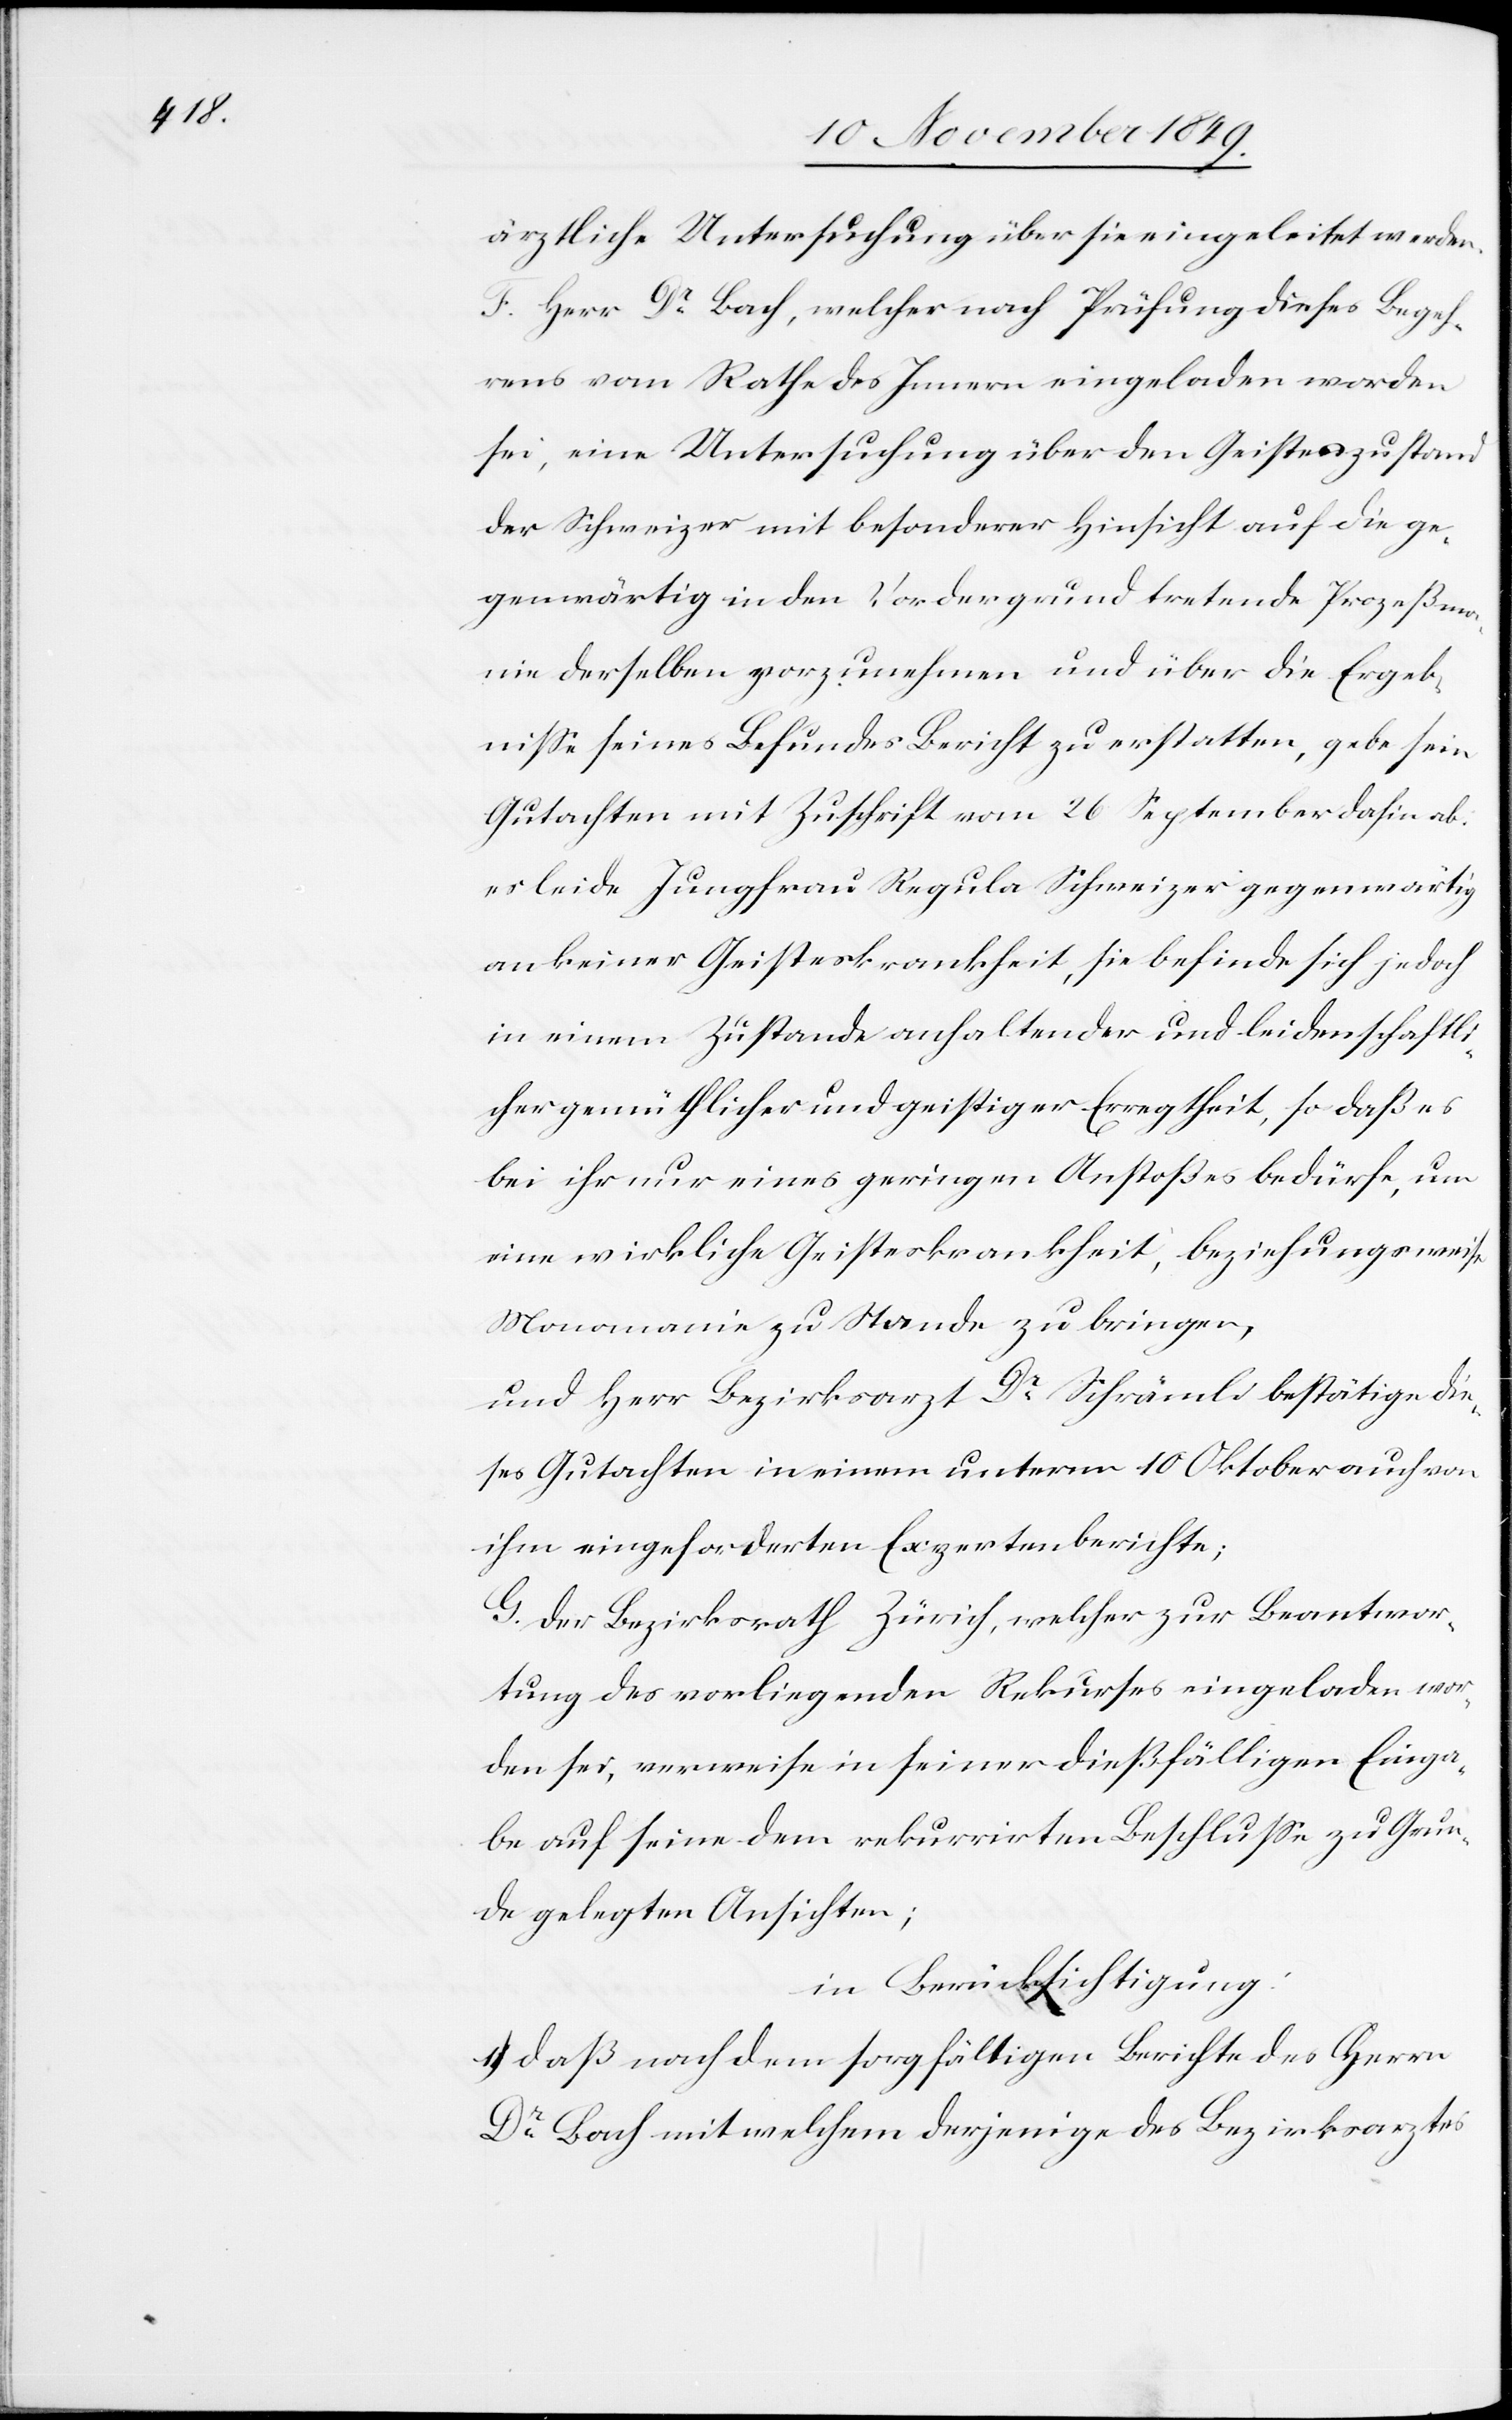
ärztliche Untersuchung über sie eingeleitet werden.
F. Herr Dr Bach, welcher nach Prüfung dieses Begeh¬
rens vom Rathe des Innern eingeladen worden
sei, eine Untersuchung über den Geisteszustand
der Schweizer mit besonderer Hinsicht auf die ge¬
genwärtig in den Vordergrund tretende Prozeßma¬
nie derselben vorzunehmen und über die Ergeb¬
niße seines Befundes Bericht zu erstatten, gebe sein
Gutachten mit Zuschrift vom 26 September dahin ab:
es leide Jungfrau Regula Schweizer gegenwärtig
an keiner Geisteskrankheit, sie befinde sich jedoch
in einem Zustande anhaltender und leidenschaftli¬
cher gemüthlicher und geistiger Erregtheit, so daß es
bei ihr nur eines geringen Anstoßes bedürfe, um
eine wirkliche Geisteskrankheit, beziehungsweise
Manomanie zu Stande zu bringen,
und Herr Bezirksarzt Dr Schrämli bestätige die¬
ses Gutachten in einem unterm 10 Oktober auch von
ihm eingeforderten Expertenberichte;
G. Der Bezirksrath Zürich, welcher zur Beantwor¬
tung des vorliegenden Rekurses eingeladen wor¬
den sei, verweise in seiner dießfälligen Einga¬
be auf seine dem rekurrirten Beschluße zu Grun¬
de gelegten Ansichten;
in Berücksichtigung:
1.) daß nach dem sorgfältigen Berichte des Herrn
Dr Bach mit welchem derjenige des Bezirksarztes